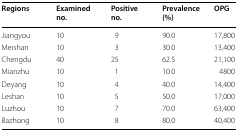
<table><thead><tr><td><b>Regions</b></td><td><b>Examined no.</b></td><td><b>Positive no.</b></td><td><b>Prevalence (%)</b></td><td><b>OPG</b></td></tr></thead><tbody><tr><td>Jiangyou</td><td>10</td><td>9</td><td>90.0</td><td>17,800</td></tr><tr><td>Meishan</td><td>10</td><td>3</td><td>30.0</td><td>13,400</td></tr><tr><td>Chengdu</td><td>40</td><td>25</td><td>62.5</td><td>21,100</td></tr><tr><td>Mianzhu</td><td>10</td><td>1</td><td>10.0</td><td>4800</td></tr><tr><td>Deyang</td><td>10</td><td>4</td><td>40.0</td><td>14,400</td></tr><tr><td>Leshan</td><td>10</td><td>5</td><td>50.0</td><td>17,000</td></tr><tr><td>Luzhou</td><td>10</td><td>7</td><td>70.0</td><td>63,400</td></tr><tr><td>Bazhong</td><td>10</td><td>8</td><td>80.0</td><td>40,400</td></tr></tbody></table>